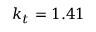
k _ { t } = 1 . 4 1